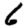
Digit: 6